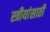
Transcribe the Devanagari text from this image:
स्त्रीयांसाठी